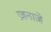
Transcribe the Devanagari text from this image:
ज़नाज़े